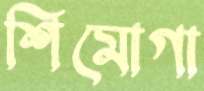
শিমোগা